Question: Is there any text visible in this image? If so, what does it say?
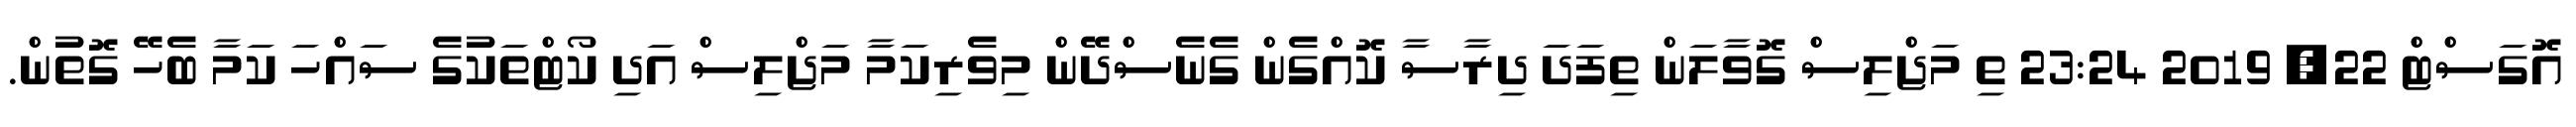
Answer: އޮގަސްޓް 22, 2019 23:24 ތި މަޖްލިސް ގޮވާލަން ތިފަދަ ދިރާސާ ކޮއްގެން ގެނެސްދޭން މިވެރިކަމާ މަޖްލިސް އަދި ކޯޓްތަކުގެ ސައްހަ ކަމާ ބެހޭ ގޮތުން.